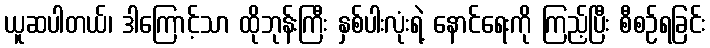
ယူဆပါတယ်၊ ဒါကြောင့်သာ ထိုဘုန်းကြီး နှစ်ပါးလုံးရဲ့ နောင်ရေးကို ကြည့်ပြီး စီစဉ်ရခြင်း